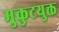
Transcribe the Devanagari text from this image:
मुकुटयुक्त